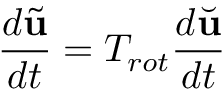
\frac { d \tilde { \mathbf { u } } } { d t } = T _ { r o t } \frac { d \Breve { \mathbf { u } } } { d t }